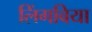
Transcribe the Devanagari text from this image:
लिंगबिया